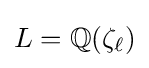
L=\mathbb {Q} (\zeta _{\ell })